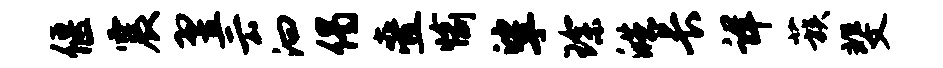
偃震翌云汩偈叠愉挲琛皓长详蔟斐